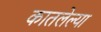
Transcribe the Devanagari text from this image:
कातलेल्या